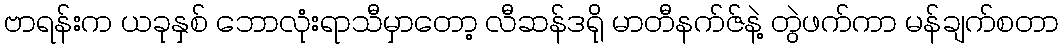
ဗာရန်းက ယခုနှစ် ဘောလုံးရာသီမှာတော့ လီဆန်ဒရို မာတီနက်ဇ်နဲ့ တွဲဖက်ကာ မန်ချက်စတာ